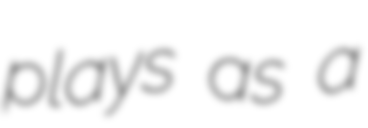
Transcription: plays as a